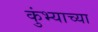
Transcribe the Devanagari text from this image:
कुंभ्याच्या